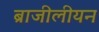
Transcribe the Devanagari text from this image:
ब्राजीलीयन